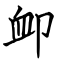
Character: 卹